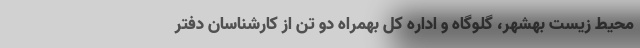
محیط زیست بهشهر، گلوگاه و اداره کل بهمراه دو تن از کارشناسان دفتر